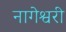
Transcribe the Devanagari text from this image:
नागेश्वरी